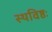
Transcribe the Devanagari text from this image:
स्थविष्ठः